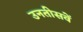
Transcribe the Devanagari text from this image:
उनतीसवें